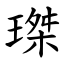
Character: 㻧